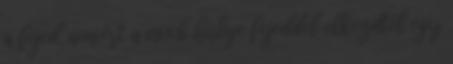
a fejed, amiért a noob hülye fejeddel elkezdtél egy